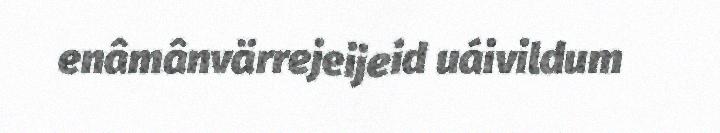
enâmânvärrejeijeid uáivildum